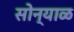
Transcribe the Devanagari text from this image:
सोन्याळ